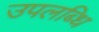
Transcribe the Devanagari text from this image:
उपलब्धि